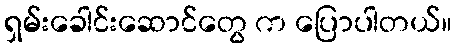
ရှမ်းခေါင်းဆောင်တွေ က ပြောပါတယ်။